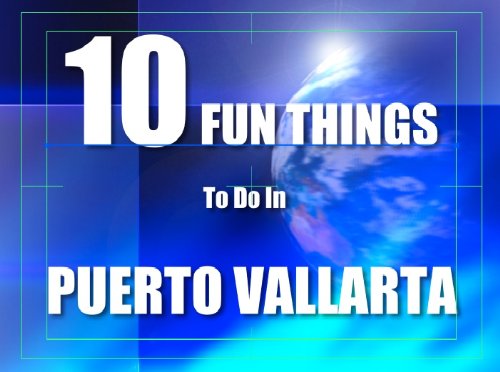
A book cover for TEN FUN THINGS TO DO IN PUERTO VALLARTA; MINI GUIDE LLC; Travel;